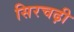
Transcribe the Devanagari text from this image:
सिरचढ़ी